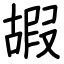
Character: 嘏